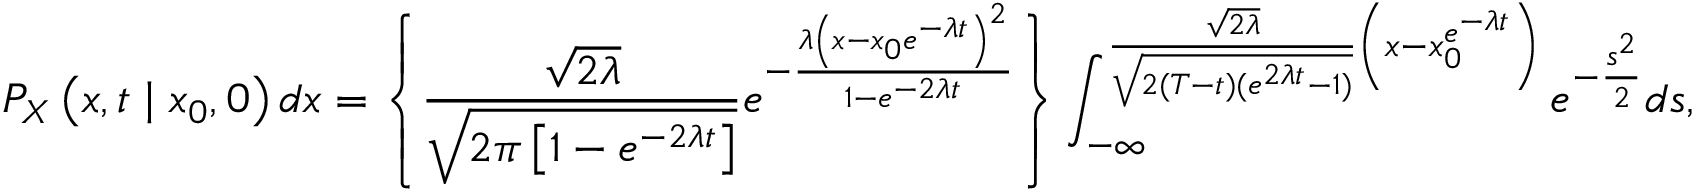
P _ { X } \left( x , t \mid x _ { 0 } , 0 \right) d x = \left\{ \frac { \sqrt { 2 \lambda } } { \sqrt { 2 \pi \left[ 1 - e ^ { - 2 \lambda t } \right] } } e ^ { - \frac { \lambda \left( x - x _ { 0 } e ^ { - \lambda t } \right) ^ { 2 } } { 1 - e ^ { - 2 \lambda t } } } \right\} \int _ { - \infty } ^ { \frac { \sqrt { 2 \lambda } } { \sqrt { 2 ( T - t ) ( e ^ { 2 \lambda t } - 1 ) } } \left( x - x _ { 0 } ^ { e ^ { - \lambda t } } \right) } e ^ { - \frac { s ^ { 2 } } { 2 } } d s ,